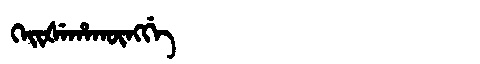
Manchu: ᡴᡝᡳᡧᡝᡥᠠᡴᡡᠩᡤᡝ
Romanization: KEIŠEHAKŪNGGE